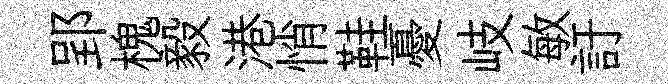
郢槐毅港悄鞋憂岐敏訏